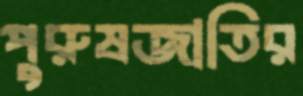
পুরুষজাতির